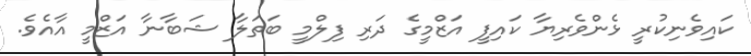
ކައިވެނިކުރީ ޅެންވެރިޔާ ކައިފީ އަޒްމީގެ ދަރި ފިލްމީ ބަތަލާ ޝަބާނާ އަޒްމީ އާއެވެ.